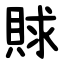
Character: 賕